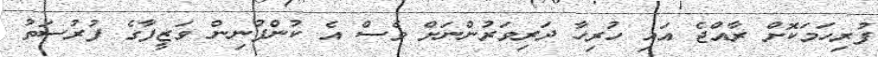
ފުރިހަމަކޮށް ރާއްޖެ އައި ހުރިހާ ދަރިވަރުންނަށް ވެސް އެ ކުންފުނިން ވަޒީފާގެ ފުރުސަތު